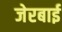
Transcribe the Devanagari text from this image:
जेरबाई